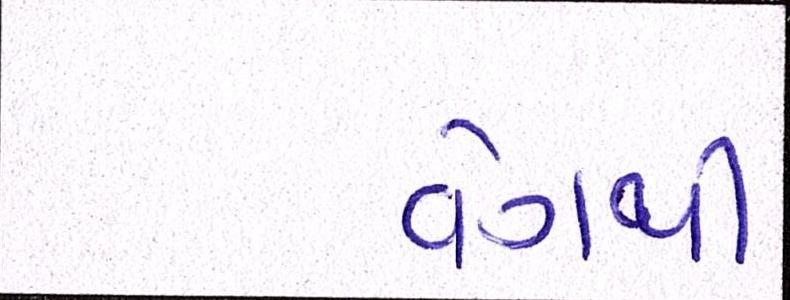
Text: વેગથી